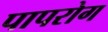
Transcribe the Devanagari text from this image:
पापरोग